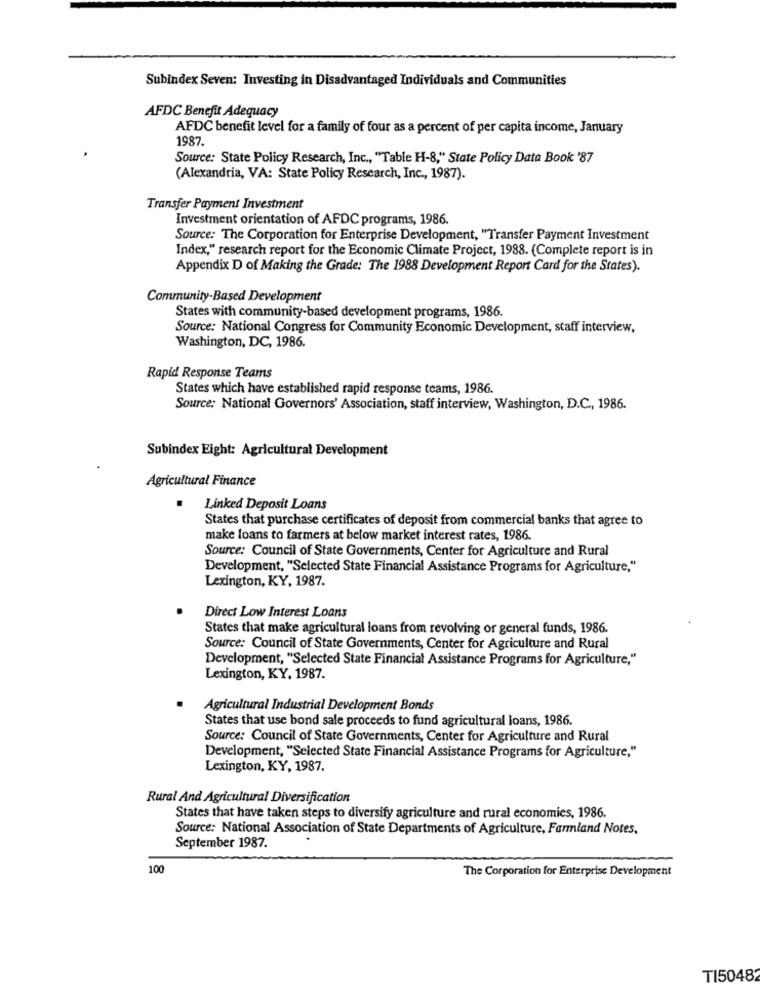
Subindex Seven: Investing in Disadvantaged Individuals and Communities
AFDC Benefit Adequacy
AFDC benefit level for a family of four as a percent of per capita income, January
1987.
Source: State Policy Research, Inc ., "Table H-8," State Policy Data Book '87
(Alexandria, VA: State Policy Research, Inc ., 1987).
Transfer Payment Investment
Investment orientation of AFDC programs, 1986.
Source: The Corporation for Enterprise Development, "Transfer Payment Investment
Index," research report for the Economic Climate Project, 1988. (Complete report is in
Appendix D of Making the Grade: The 1988 Development Report Card for the States).
Community-Based Development
States with community-based development programs, 1986.
Source: National Congress for Community Economic Development, staff interview,
Washington, DC, 1986.
Rapid Response Teams
States which have established rapid response teams, 1986.
Source: National Governors' Association, staff interview, Washington, D.C ., 1986.
Subindex Eight: Agricultural Development
Agricultural Finance
Linked Deposit Loans
States that purchase certificates of deposit from commercial banks that agree to
make loans to farmers at below market interest rates, 1986.
Source: Council of State Governments, Center for Agriculture and Rural
Development, "Selected State Financial Assistance Programs for Agriculture,"
Lexington, KY, 1987.
Direct Low Interest Loans
States that make agricultural loans from revolving or general funds, 1986.
Source: Council of State Governments, Center for Agriculture and Rural
Development, "Selected State Financial Assistance Programs for Agriculture,"
Lexington, KY, 1987.
Agricultural Industrial Development Bonds
States that use bond sale proceeds to fund agricultural loans, 1986.
Source: Council of State Governments, Center for Agriculture and Rural
Development, "Selected State Financial Assistance Programs for Agriculture,"
Lexington, KY, 1987.
Rural And Agricultural Diversification
States that have taken steps to diversify agriculture and rural economics, 1986.
Source: National Association of State Departments of Agriculture, Farmland Notes,
September 1987.
100
The Corporation for Enterprise Development
TI50482